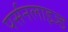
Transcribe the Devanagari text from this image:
पर्सनलाइज्ड